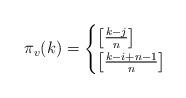
LaTeX: \begin{align*}\pi_v( k)=\begin{cases} \left[\frac{k-j}n\right] & \\\left[\frac{k-i+n-1}n\right] & \end{cases}\end{align*}